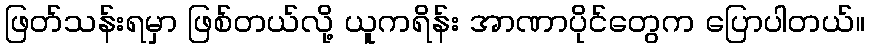
ဖြတ်သန်းရမှာ ဖြစ်တယ်လို့ ယူကရိန်း အာဏာပိုင်တွေက ပြောပါတယ်။